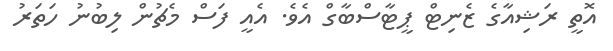
އޮތީ ރަޝިއާގެ ޒެނިޓް ޕީޓާސްބާގް އެވެ. އެއީ ފަސް މެޗުން ލިބުނު ހަތަރު